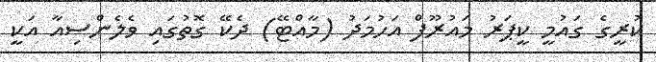
ކުރީގެ ގައުމީ ކީޕަރު މައުރޫފް އަހުމަދު (މާއްޓޭ) ދެކޭ ގޮތުގައި ވެލެންސިއާ އަކީ